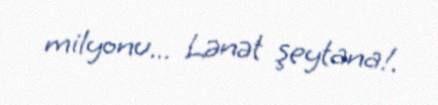
milyonu... Lənət şeytana!.